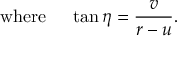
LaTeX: \mathrm { w h e r e } \ \ \ \ \tan \eta = { \frac { v } { r - u } } .